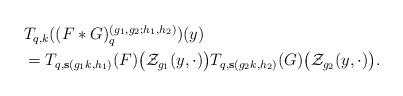
LaTeX: \begin{align*}\begin{aligned}&T_{q, k}((F*G)_{q}^{(g_1,g_2;h_1,h_2)})(y)\\&=T_{q,\mathbf{s}(g_1k,h_1)}(F)\big(\mathcal Z_{g_1}(y,\cdot)\big)T_{q,\mathbf{s}(g_2k,h_2)}(G)\big(\mathcal Z_{g_2}(y,\cdot)\big).\\\end{aligned}\end{align*}